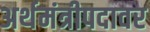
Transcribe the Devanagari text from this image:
अर्थमंत्रीपदावर